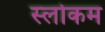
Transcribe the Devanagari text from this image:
स्‍लोकम